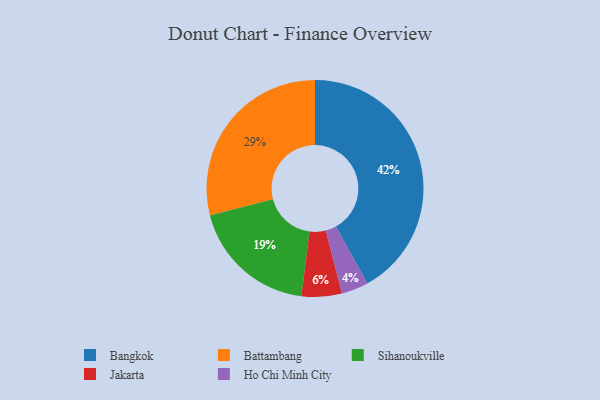
{"axis": {"x": "Category", "y": "Percentage"}, "legend": ["Bangkok", "Battambang", "Ho Chi Minh City", "Jakarta", "Sihanoukville"], "data": [{"x": "Ho Chi Minh City", "y": 4, "type": "Ho Chi Minh City"}, {"x": "Battambang", "y": 29, "type": "Battambang"}, {"x": "Jakarta", "y": 6, "type": "Jakarta"}, {"x": "Bangkok", "y": 42, "type": "Bangkok"}, {"x": "Sihanoukville", "y": 19, "type": "Sihanoukville"}]}